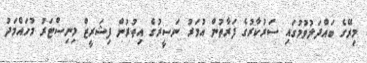
މިރޭގެ ބައްދަލުވުމުގައި ސަރުކާރުގެ ފަރާތުން އުމަރު ނަސީރުގެ އިތުުރުން ފިޝަރީޒް މިނިސްޓަރު މުހައްމަދު